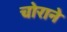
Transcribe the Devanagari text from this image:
चोराने